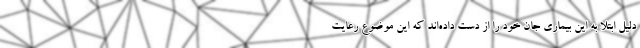
دلیل ابتلا به این بیماری جان خود را از دست داده‌اند که این موضوع رعایت